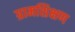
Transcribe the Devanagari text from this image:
ग्रामशिक्षण